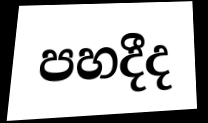
පහදීද